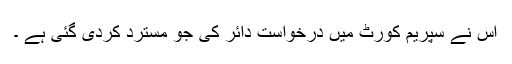
اس نے سپریم کورٹ میں درخواست دائر کی جو مسترد کردی گئی ہے ۔